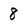
Character: 8